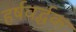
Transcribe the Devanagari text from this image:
हर्षवर्द्धक